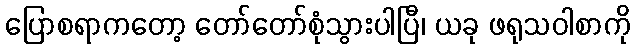
ပြောစရာကတော့ တော်တော်စုံသွားပါပြီ၊ ယခု ဖရုသဝါစာကို